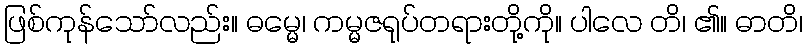
ဖြစ်ကုန်သော်လည်း။ ဓမ္မေ၊ ကမ္မဇရုပ်တရားတို့ကို။ ပါလေ တိ၊ ၏။ ဓာတိ၊